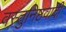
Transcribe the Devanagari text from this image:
वस्तुनिष्ठवादी